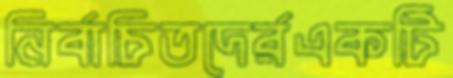
নির্বাচিতদের্রএকটি